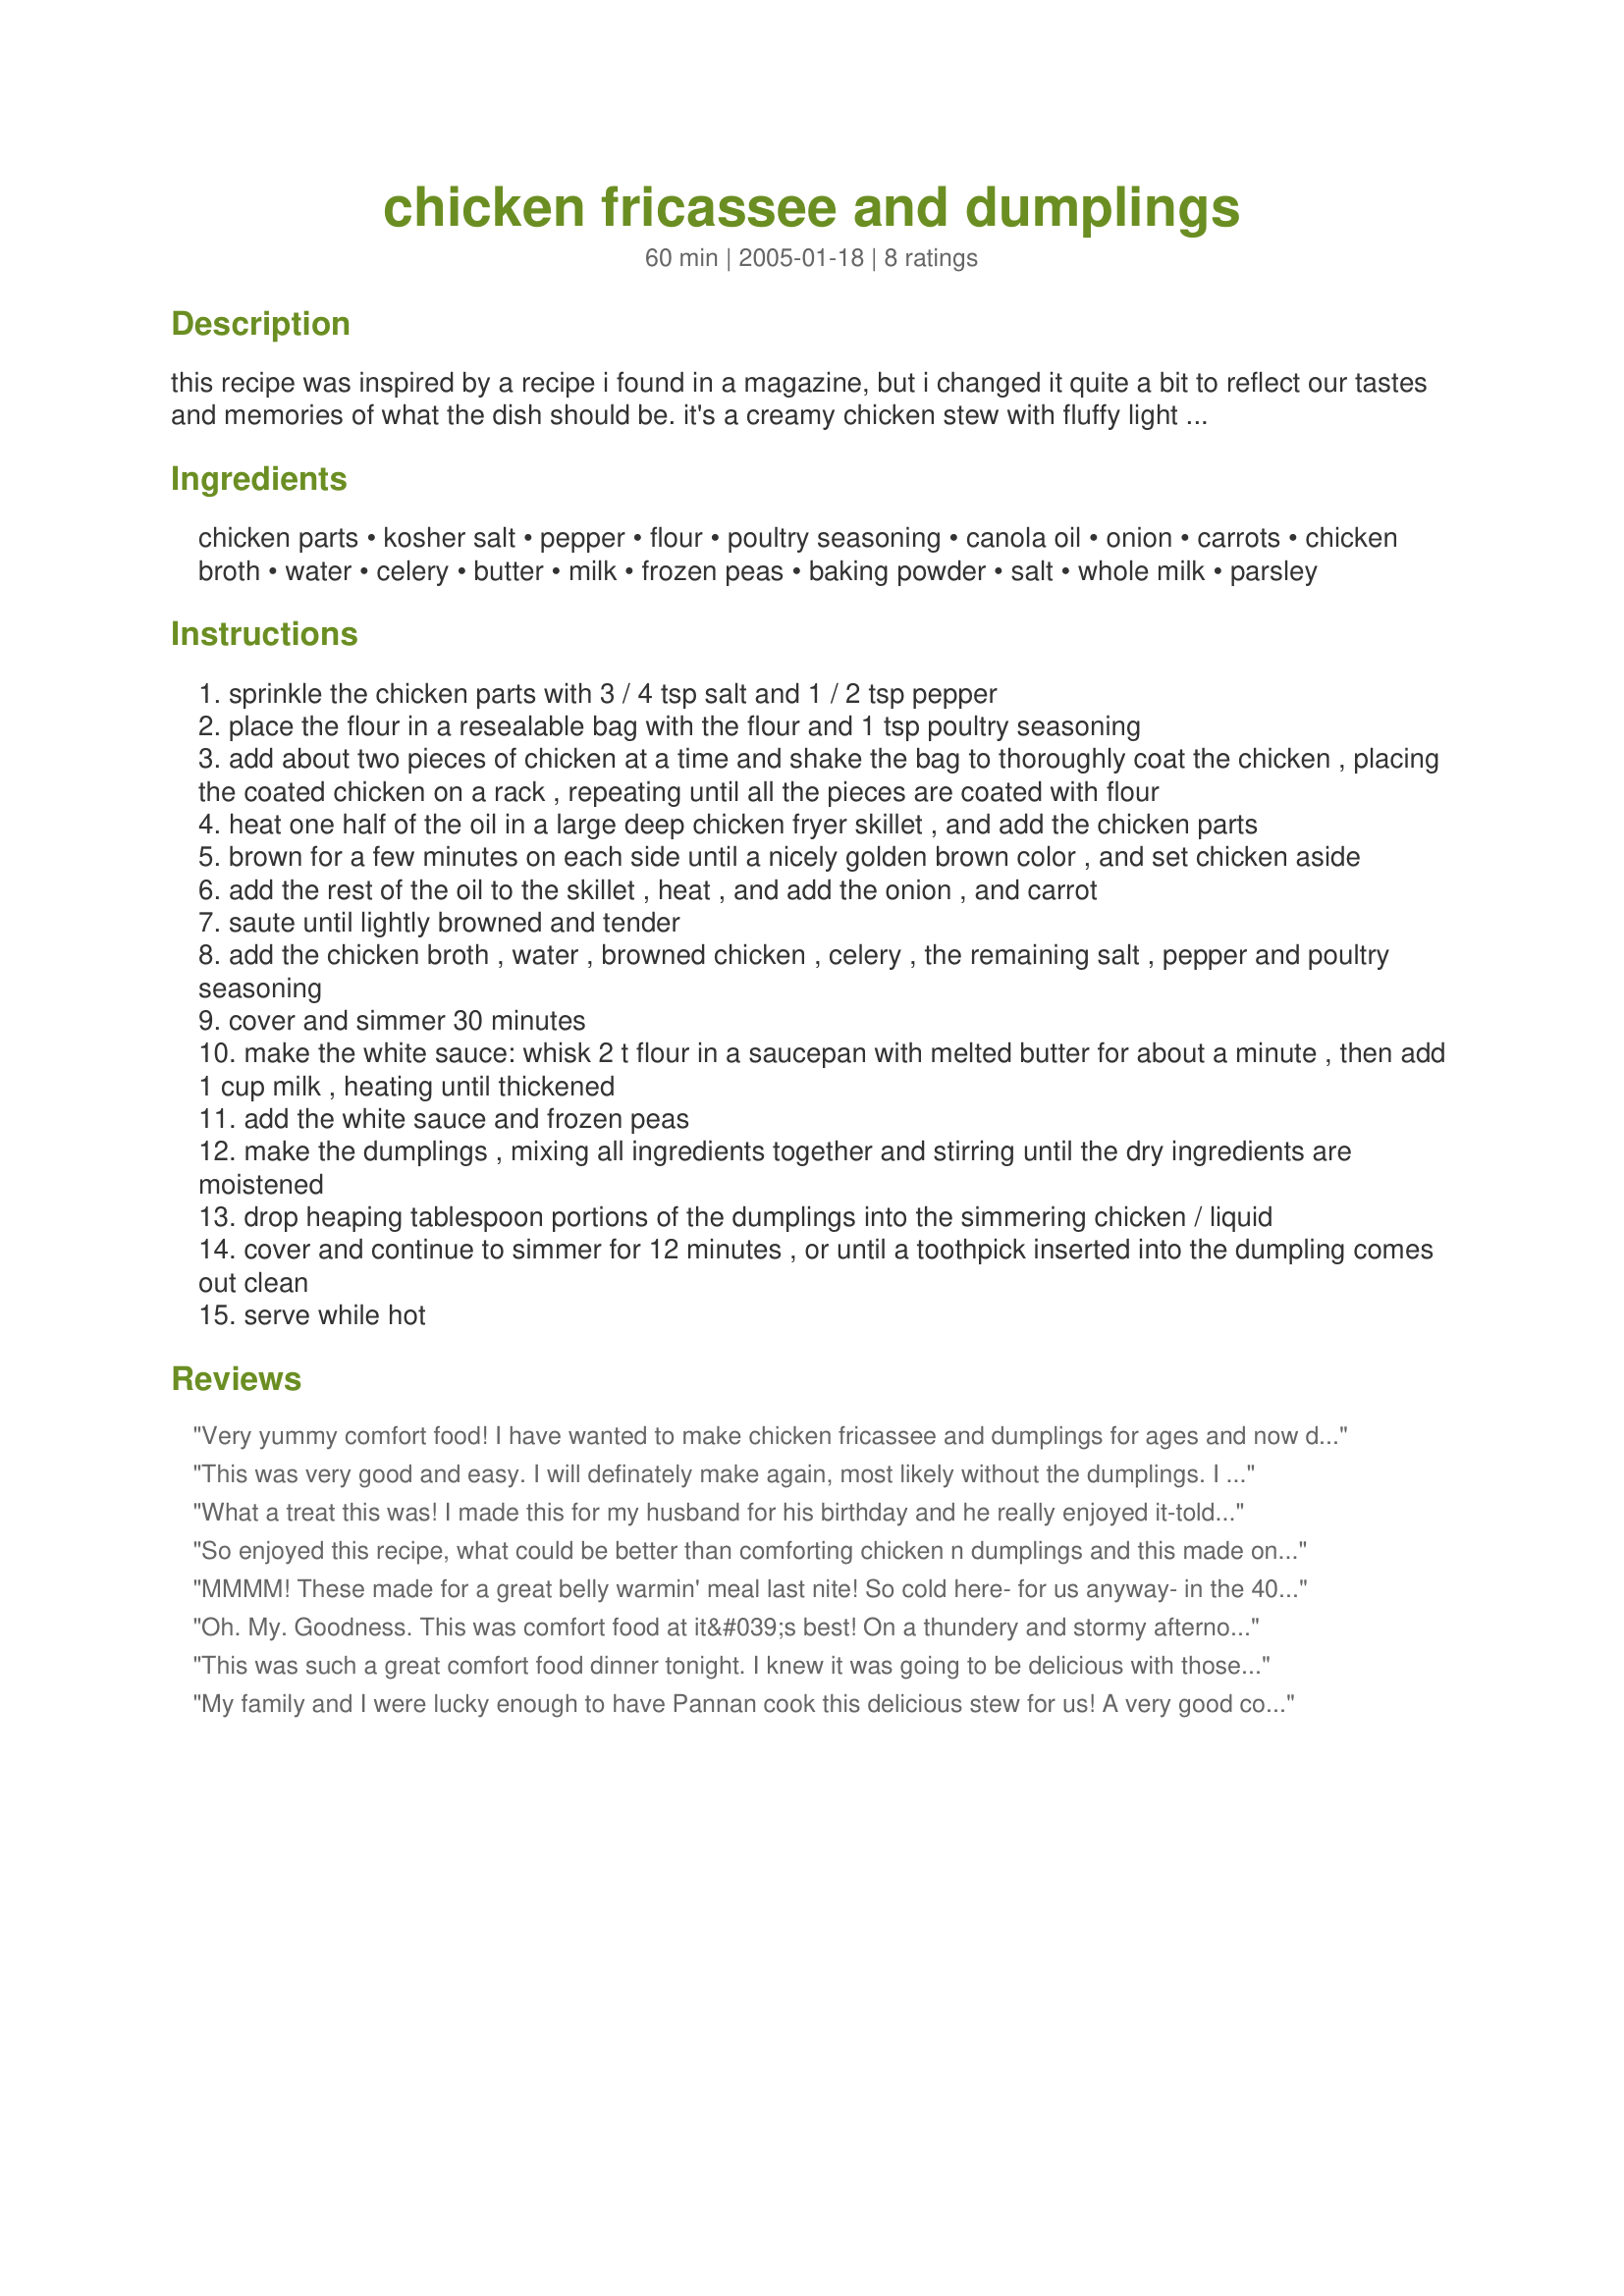
chicken fricassee and dumplings
Preparation time: 60 minutes

this recipe was inspired by a recipe i found in a magazine, but i changed it quite a bit to reflect our tastes and memories of what the dish should be. it's a creamy chicken stew with fluffy light dumplings with parsley. this is a southern u.s. recipe.

Ingredients:
chicken parts, kosher salt, pepper, flour, poultry seasoning, canola oil, onion, carrots, chicken broth, water, celery, butter, milk, frozen peas, baking powder, salt, whole milk, parsley

Steps:
sprinkle the chicken parts with 3 / 4 tsp salt and 1 / 2 tsp pepper
place the flour in a resealable bag with the flour and 1 tsp poultry seasoning
add about two pieces of chicken at a time and shake the bag to thoroughly coat the chicken , placing the coated chicken on a rack , repeating until all the pieces are coated with flour
heat one half of the oil in a large deep chicken fryer skillet , and add the chicken parts
brown for a few minutes on each side until a nicely golden brown color , and set chicken aside
add the rest of the oil to the skillet , heat , and add the onion , and carrot
saute until lightly browned and tender
add the chicken broth , water , browned chicken , celery , the remaining salt , pepper and poultry seasoning
cover and simmer 30 minutes
make the white sauce: whisk 2 t flour in a saucepan with melted butter for about a minute , then add 1 cup milk , heating until thickened
add the white sauce and frozen peas
make the dumplings , mixing all ingredients together and stirring until the dry ingredients are moistened
drop heaping tablespoon portions of the dumplings into the simmering chicken / liquid
cover and continue to simmer for 12 minutes , or until a toothpick inserted into the dumpling comes out clean
serve while hot

Reviews:
Very yummy comfort food! I have wanted to make chicken fricassee and dumplings for ages and now did it, and I&#039;m so glad! I used gluten free flour in place of regular and added 1 tablespoon beaten egg to the dumpling batter because the gluten free flour doesn&#039;t glue well. It turned out perfect. The gluten free flour mix which I used was brown rice flour, white rice flour, yellow cornflour and potato starch. I will make this again! Thanks for sharing :)
This was very good and easy. I will definately make again, most likely without the dumplings. I absolutely believe this dish is wonderful on its own. I served this on rice as most people from Louisiana know we serve everything with rice. The only thing I changed was I added about 1 teaspoon of Kitchen Bouquet I like a darker color. Thanks so much. 
Lisa
What a treat this was! I made this for my husband for his birthday and he really enjoyed it-told me a couple of times while he was eating how good it was! I used the boneless chicken thighs as was suggested. I didn&#039;t make any changes. Thank you for sharing this delicious recipe!
So enjoyed this recipe, what could be better than comforting chicken n dumplings and this made one that's easy and Delicious, chicken flavorful and tender and light, airy dumplings. Will use this one again and again, specially for fall or winter meals
MMMM! These made for a great belly warmin' meal last nite! So cold here- for us anyway- in the 40's! So we had a nice warm meal of chicken n dumplins - a southern fave! - and it really did the trick! We got all warm from the inside out! Thanks for another great recipe Nan!
Oh. My. Goodness. This was comfort food at it&#039;s best! On a thundery and stormy afternoon (even though it&#039;s still 85 degrees!), this was the best. My dumplings did come out a bit chewy, but I think that was me. Everything was perfectly balanced and flavorful. Even DH, who is a bit tired of the round-the-world trip, said to rate this a perfect 10! Thank you so much for posting! Made for Culinary Quest 2014.
This was such a great comfort food dinner tonight. I knew it was going to be delicious with those plump dumplings on top. Truly enjoyed this one-pot meal.
My family and I were lucky enough to have Pannan cook this delicious stew for us! A very good comfort food. So good that I will try my hand at it for our Sunday night dinner. Thanks for sharing and cooking this wonderful dish.
